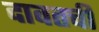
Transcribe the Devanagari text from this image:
दावतची